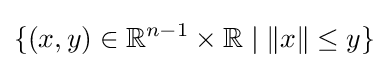
\{(x,y)\in \mathbb {R} ^{n-1}\times \mathbb {R} \mid \|x\|\leq y\}